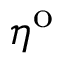
\eta ^ { \mathrm { o } }